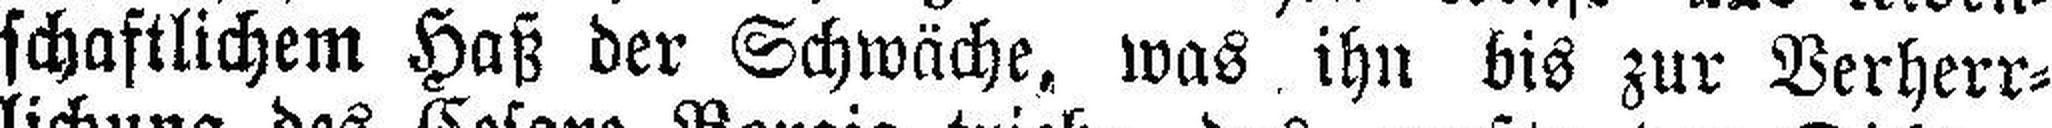
schaftlichem Haß der Schwäche, was ihn bis zur Verherr¬